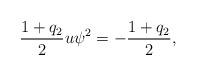
LaTeX: \begin{gather*}\frac{1+q_2}{2}u\psi^2 = - \frac{1+q_2}{2},\end{gather*}